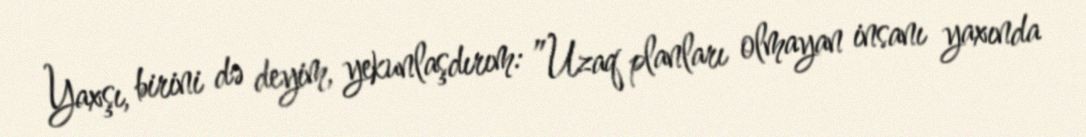
Yaxşı, birini də deyim, yekunlaşdırım: ”Uzaq planları olmayan insanı yaxında